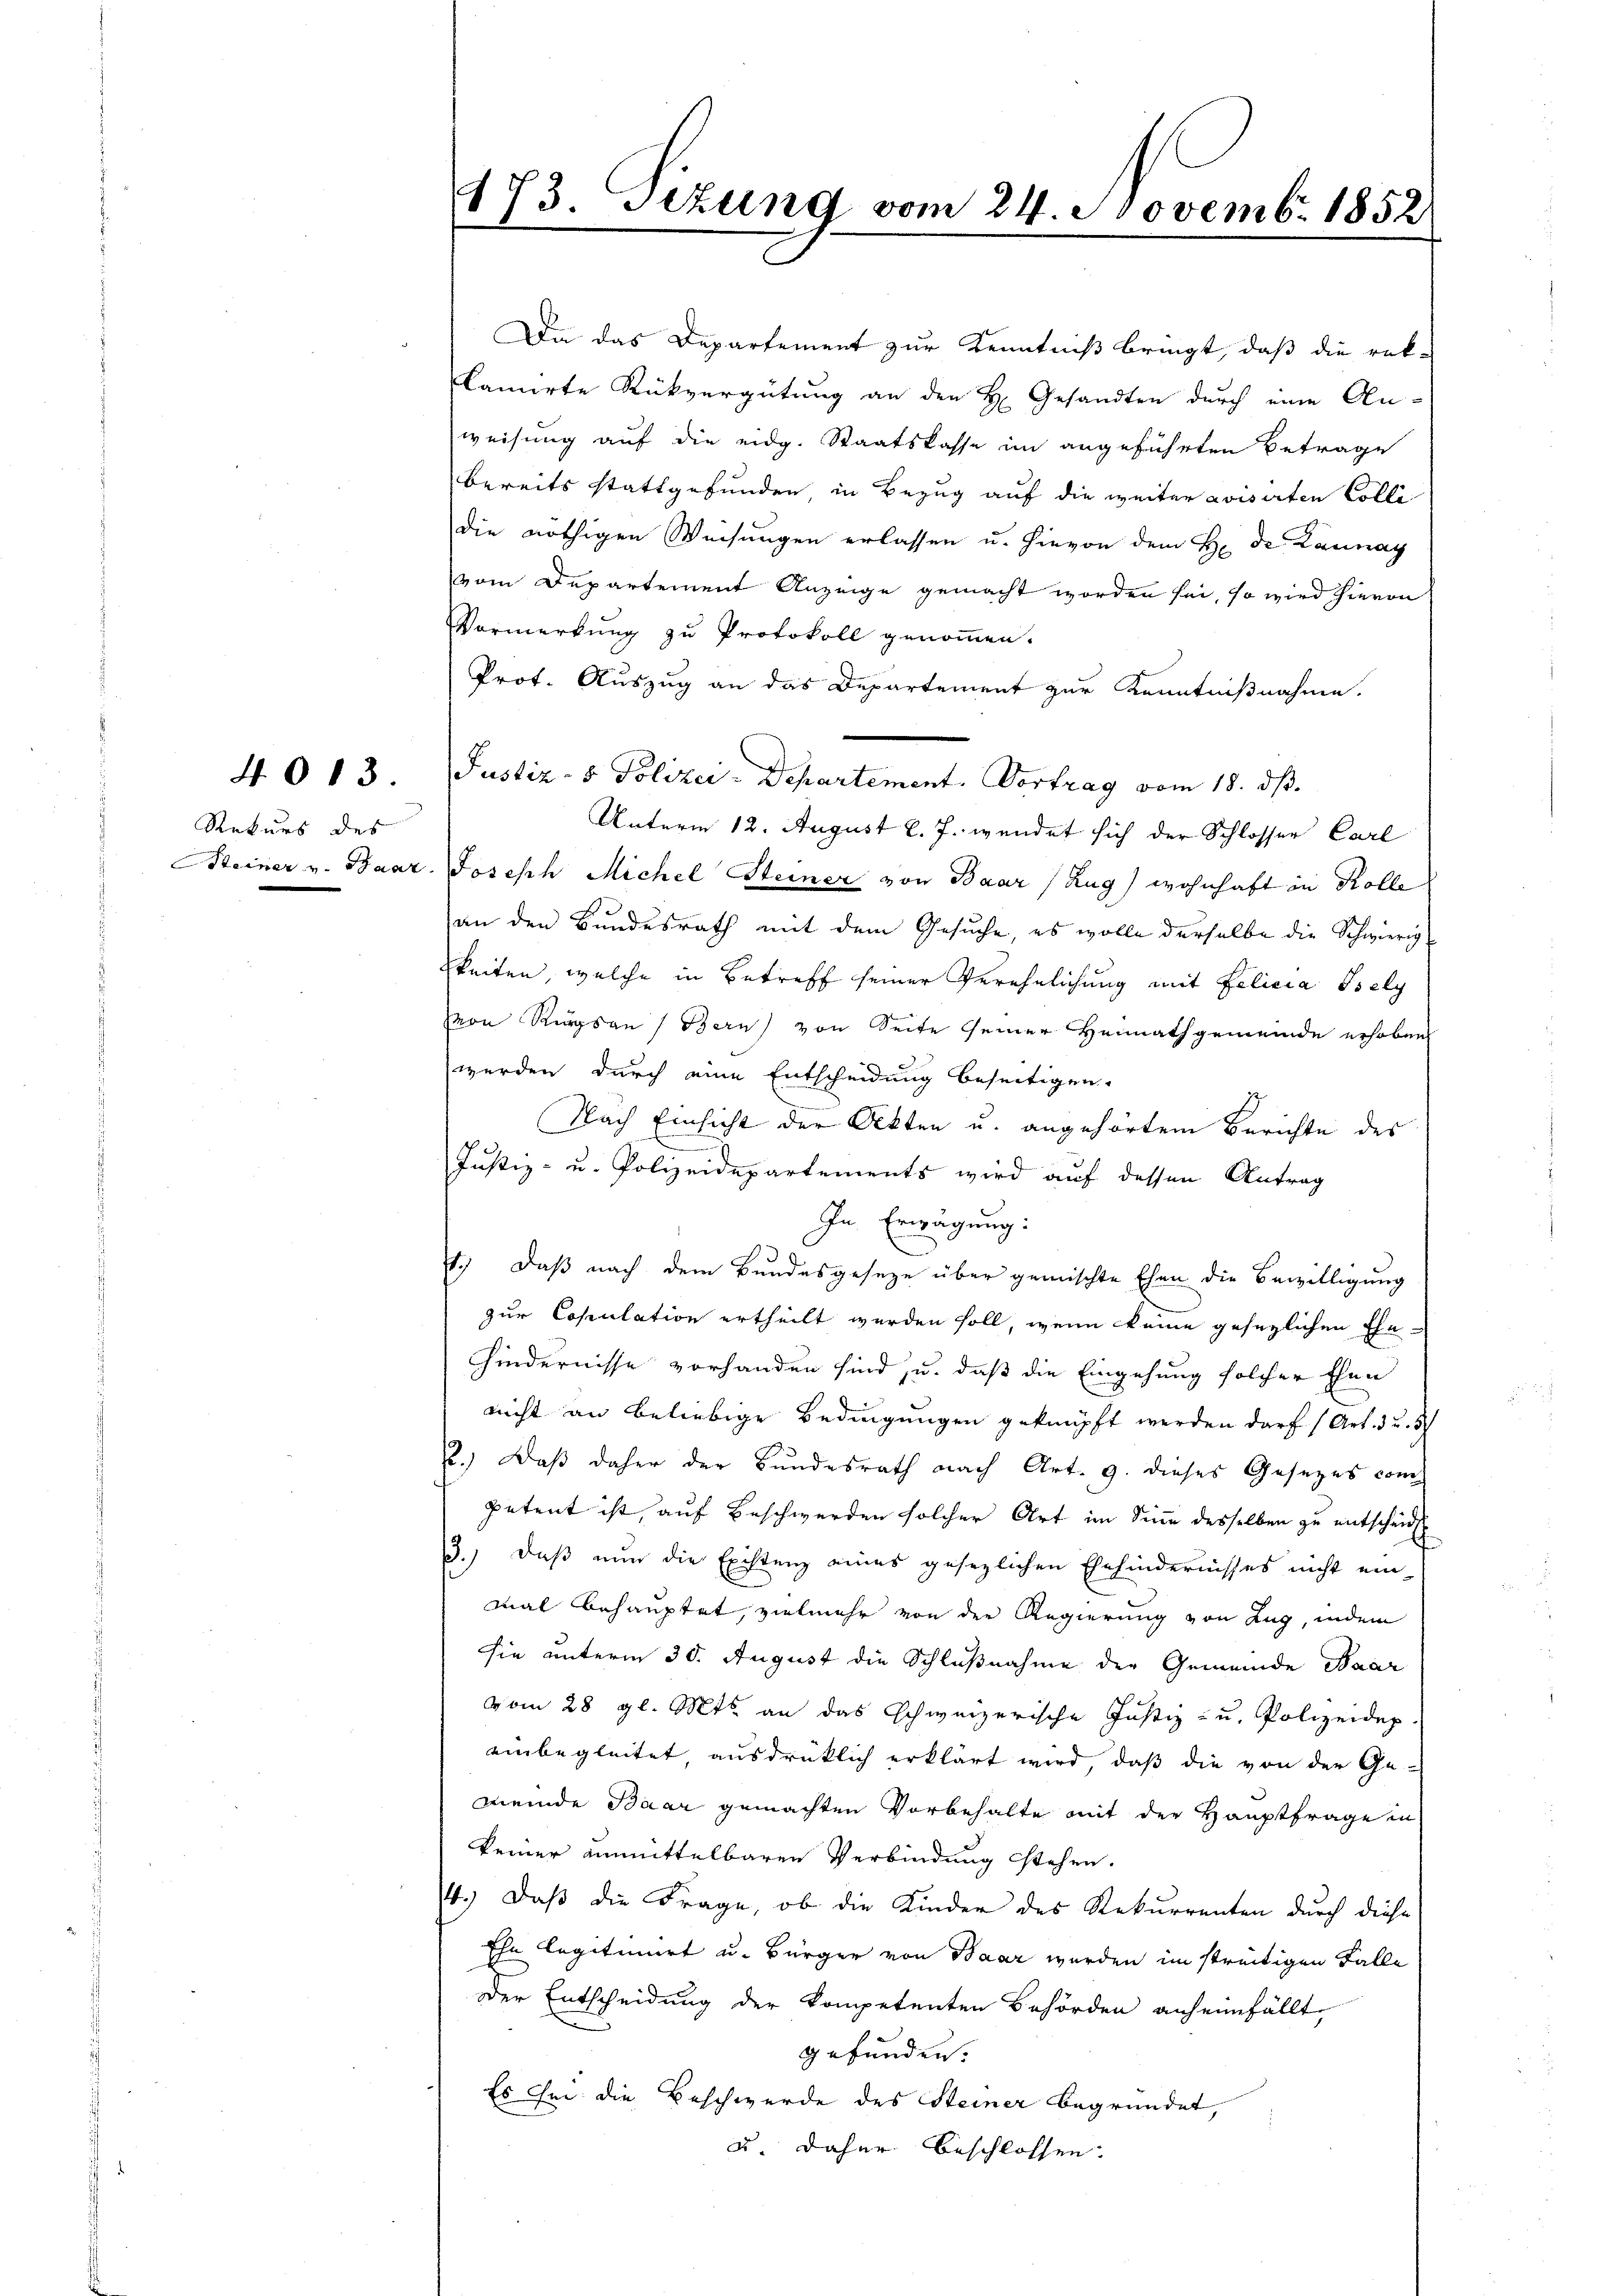
Rekurs des
Steiner v. Baar

4013.

173. Sezung vom 24. Novemb. 1852

Justiz- & Polizei-Departement. Vortrag vom 18. ds.

Die das Departement zur Kenntniß bringt, daß die rek-
amirte Rückvergütung an den H. Gesandten durch eine An-
weisung auf die eidg. Staatskasse im angeführten Betrage
bereits stattgefunden in Bezug auf die weiter avisirten Colle
die nöthigen Weisungen erlassen u. hievon dem H. de Launay
vom Departement Anzeige gemacht worden sei, so wird hievon
Vormerkung zu Protokoll genommen.
Prot. Auszug an das Departement zur Kenntnißnahme.
Unterm 12. August l. J. wendet sich der Schlosser Carl
Joseph Michel Steiner von Baar (Zug) wohnhaft in Kolle
an den Bundesrath mit dem Gesuche, es wolle derselbe die Schwierig
gkeiten, welche in Betreff seiner Verehelichung mit Felicia Isely
Von Rungsans Bern von Seite seiner Heimathgemeinde erhoben
werden durch eine Entscheidung beseitigen.
Nach Einsicht der Akten u. angehörtem Berichte des
Justiz- u. Polizeidepartements wird auf dessen Antrag
In Erwägung:
1.) Daß nach dem Bundesgeseze über gemischte Ehen die Bewilligung
zur Copulation ertheilt werden soll, wenn keine gesezlichen Ehe-
Hindernisse vorhanden sind, u. daß die Eingehung solcher Ehen
nicht an beliebige Bedingungen geknüpft werden darf (Art. 3 u. 5
2.) Daß daher der Bundesrath nach Art. 9. dieses Gesezes com
petent ist, auf Beschwerden solcher Art im Sinn desselben zu entscheid
3.) Daß nun die Existenz eines gesezlichen Ehehindernisses nicht ein
mal behauptet, vielmehr von der Regierung von Zug, indem
sie unterm 30. August die Schlußnahme der Gemeinde Baar
vom 28 gl. Mts. an das Schweizerische Justiz- u. Polizeidep
einbegleitet ausdrücklich erklärt wird, daß die von der Ge-
meinde Baar gemachten Vorbehalte mit der Hauptfrage in
keiner unmittelbaren Verbindung stehen.
4.) Daß die Frage, ob die Kinder des Rekurrenten durch diese
Ehe legitimiert u. Bürger von Baar werden im streitigen Falle
Der Entscheidung der kompetenten Behörden anheimfällt,
gefunden.
Es sei die Beschwerde des Steiner begründet,
u. daher beschlossen.